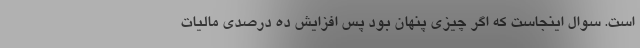
است. سوال اینجاست که اگر چیزی پنهان بود پس افزایش ده درصدی مالیات